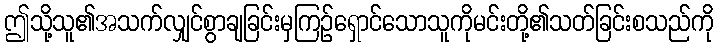
ဤသို့သူ၏အသက်လျှင်စွာချခြင်းမှကြဉ်ရှောင်သောသူကိုမင်းတို့၏သတ်ခြင်းစသည်ကို